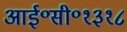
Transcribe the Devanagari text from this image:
आई॰सी॰१३१८